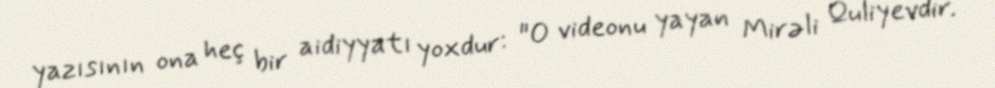
yazısının ona heç bir aidiyyatı yoxdur: "O videonu yayan Mirəli Quliyevdir.